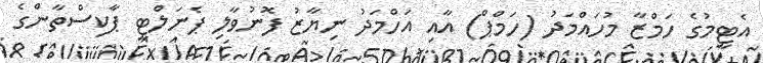
އެޓީމުގެ ހަމްޒާ މުހައްމަދު (ހަމްޕް) އާއި އަހްމަދު ނިޔާޒު ފޮނުވާލި ޕެނަލްޓީ ޕާކިސްތާންގެ